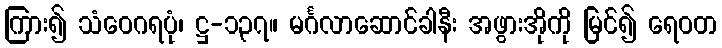
ကြား၍ သံဝေဂရပုံ၊ ဋ္ဌ-၁၃၇။ မင်္ဂလာဆောင်ခါနီး အဖွားအိုကို မြင်၍ ရေဝတ